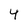
Character: 4